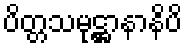
ပိတ္တသမုဋ္ဌာနာနိပိ